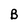
Character: B